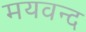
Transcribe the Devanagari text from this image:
मयवन्द